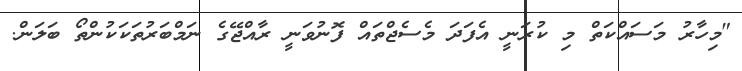
"މިހާރު މަސައްކަތް މި ކުރަނީ އެފަދަ މެސެޖްތައް ފޮނުވަނީ ރާއްޖޭގެ ނަމްބަރުތަކަކުންތޯ ބަލަން.